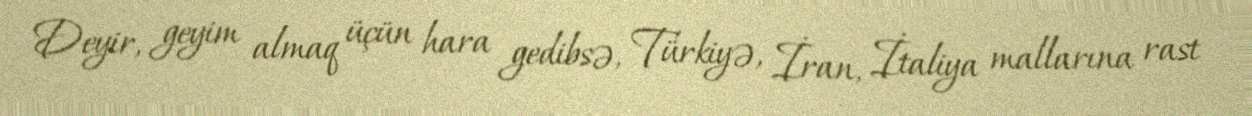
Deyir, geyim almaq üçün hara gedibsə, Türkiyə, İran, İtaliya mallarına rast